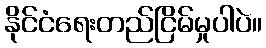
နိုင်ငံရေးတည်ငြိမ်မှုပါပဲ။